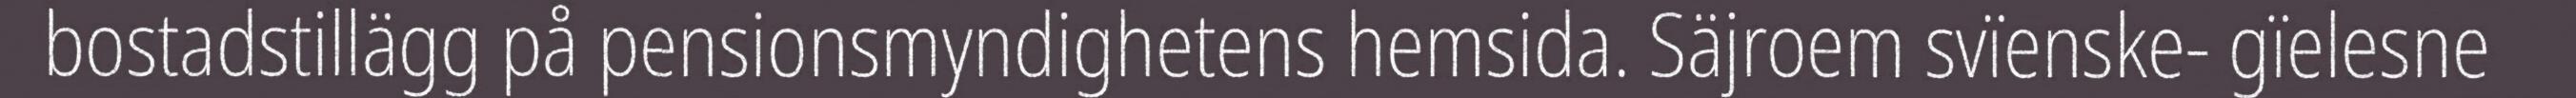
bostadstillägg på pensionsmyndighetens hemsida. Säjroem svïenske- gïelesne